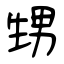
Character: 甥